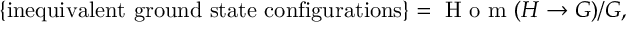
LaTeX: \{ \mathrm { i n e q u i v a l e n t ~ g r o u n d ~ s t a t e ~ c o n f i g u r a t i o n s } \} = \textrm { H o m } ( H \rightarrow G ) / G ,